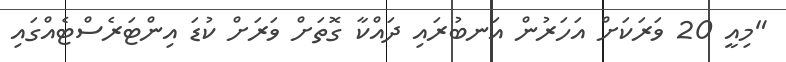
"މިއީ 20 ވަރަކަށް އަހަރުން އަނބުރައި ދައްކާ ގޮތަށް ވަރަށް ކުޑަ އިންޓަރެސްޓެއްގައި